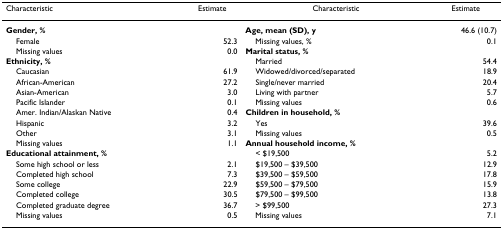
<table><thead><tr><td><b>Characteristic</b></td><td><b>Estimate</b></td><td><b>Characteristic</b></td><td><b>Estimate</b></td></tr></thead><tbody><tr><td><b>Gender, %</b></td><td></td><td><b>Age, mean (SD), y</b></td><td>46.6 (10.7)</td></tr><tr><td> Female</td><td>52.3</td><td> Missing values, %</td><td>0.1</td></tr><tr><td> Missing values</td><td>0.0</td><td><b>Marital status, %</b></td><td></td></tr><tr><td><b>Ethnicity, %</b></td><td></td><td> Married</td><td>54.4</td></tr><tr><td> Caucasian</td><td>61.9</td><td> Widowed/divorced/separated</td><td>18.9</td></tr><tr><td> African-American</td><td>27.2</td><td> Single/never married</td><td>20.4</td></tr><tr><td> Asian-American</td><td>3.0</td><td> Living with partner</td><td>5.7</td></tr><tr><td> Pacific Islander</td><td>0.1</td><td> Missing values</td><td>0.6</td></tr><tr><td> Amer. Indian/Alaskan Native</td><td>0.4</td><td><b>Children in household, %</b></td><td></td></tr><tr><td> Hispanic</td><td>3.2</td><td> Yes</td><td>39.6</td></tr><tr><td> Other</td><td>3.1</td><td> Missing values</td><td>0.5</td></tr><tr><td> Missing values</td><td>1.1</td><td><b>Annual household income, %</b></td><td></td></tr><tr><td><b>Educational attainment, %</b></td><td></td><td> &lt; $19,500</td><td>5.2</td></tr><tr><td> Some high school or less</td><td>2.1</td><td> $19,500 – $39,500</td><td>12.9</td></tr><tr><td> Completed high school</td><td>7.3</td><td> $39,500 – $59,500</td><td>17.8</td></tr><tr><td> Some college</td><td>22.9</td><td> $59,500 – $79,500</td><td>15.9</td></tr><tr><td> Completed college</td><td>30.5</td><td> $79,500 – $99,500</td><td>13.8</td></tr><tr><td> Completed graduate degree</td><td>36.7</td><td> &gt; $99,500</td><td>27.3</td></tr><tr><td> Missing values</td><td>0.5</td><td> Missing values</td><td>7.1</td></tr></tbody></table>